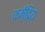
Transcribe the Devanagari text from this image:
कमेंद्रिय